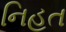
નિહત